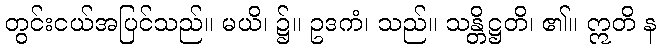
တွင်းငယ်အပြင်သည်။ မယိ၊ ၌။ ဥဒကံ၊ သည်။ သန္တိဋ္ဌတိ၊ ၏။ ဣတိ န